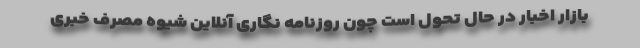
بازار اخبار در حال تحول است چون روزنامه نگاری آنلاین شیوه مصرف خبری